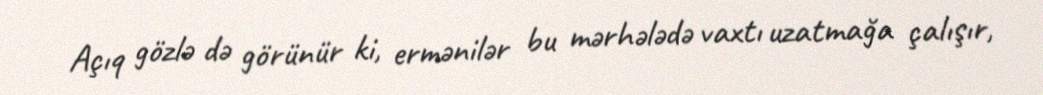
Açıq gözlə də görünür ki, ermənilər bu mərhələdə vaxtı uzatmağa çalışır,